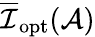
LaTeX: \overline{{\mathcal{I}}}_{\mathrm{opt}}(\mathcal{A})